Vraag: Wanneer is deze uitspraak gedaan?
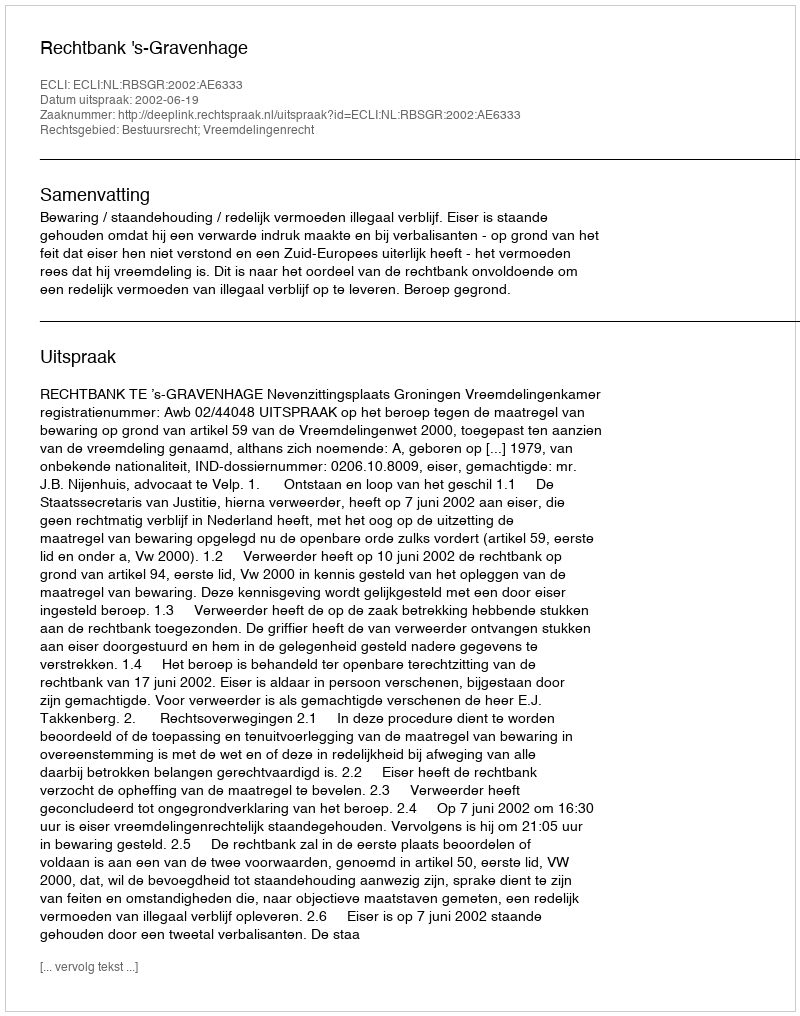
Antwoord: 2002-06-19